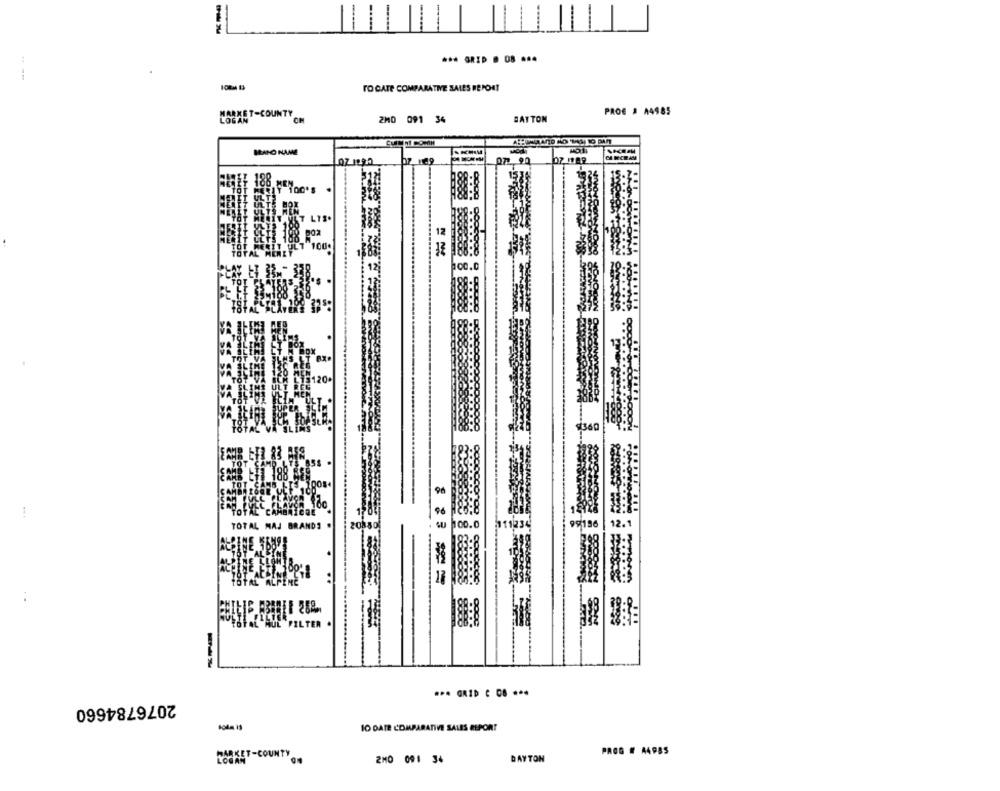
-
*** GRID . 08 .. 4
-.--
TO CATE COMPARATIVE SALES REPORT
PROG # 14985
2M0 091 34
BATTON
BRAND NAME
07.1999
LY 100'S
12
12
120
96
100
TOTAL CAMBNICOE
1123
98186
TOTAL MAJ BRANDS .
100.0
..
FILTER
2076784660
IO DATE COMPARATIVE SALES REPORT
PROG # A4955
MARKET-COUNTY
2M0 091 34
DAYTON